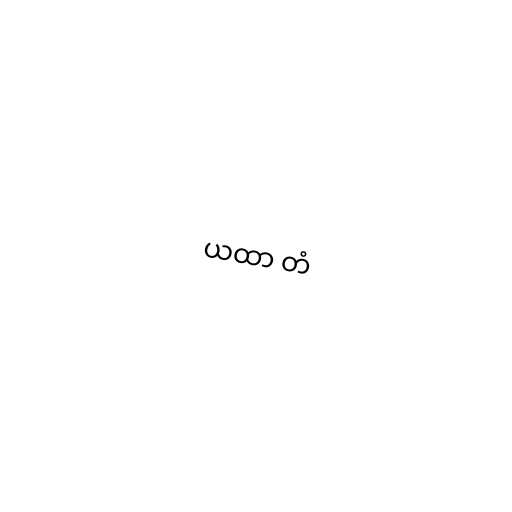
ယထာ တံ